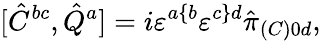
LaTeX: [\hat{C}^{bc},\hat{Q}^{a}]=i\varepsilon^{a\{ b}\varepsilon^{c\} d}\hat{\pi}_{(C)0d},